65_HS1-834228961_62-HQ-83894_Section_8
Agency: FBI
Page 51
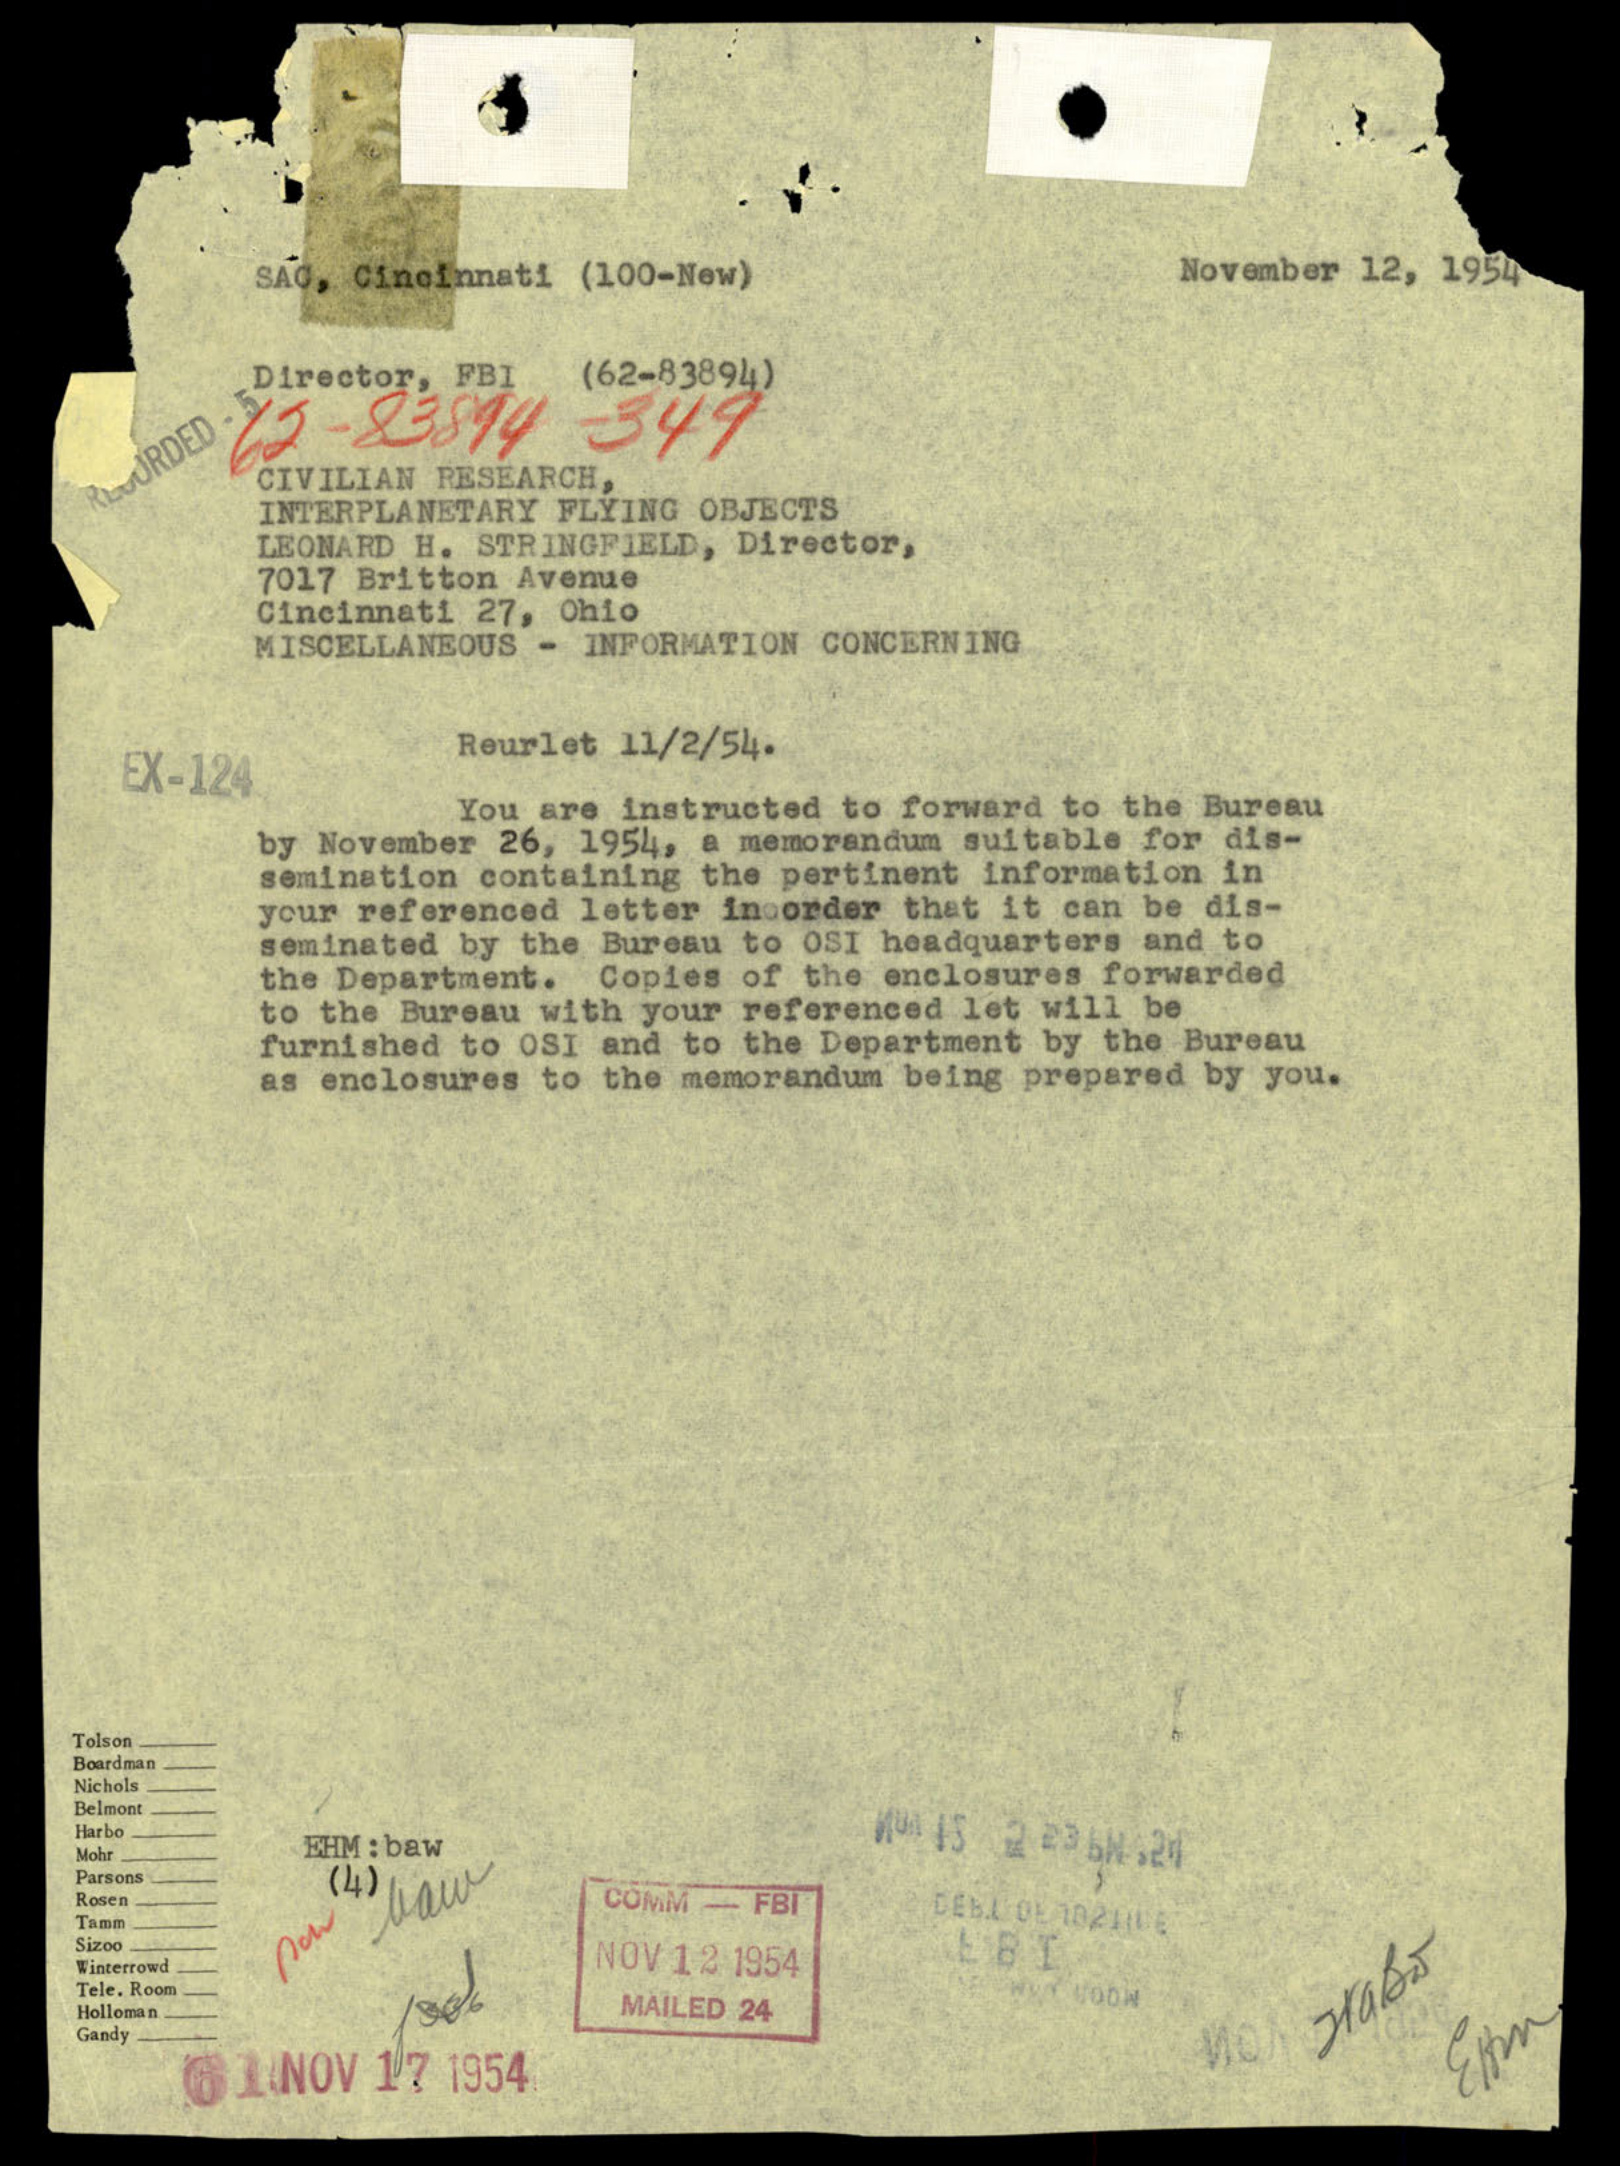